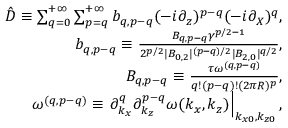
\begin{array} { r l r } & { } & { \hat { D } \equiv \sum _ { q = 0 } ^ { + \infty } \sum _ { p = q } ^ { + \infty } b _ { q , p - q } ( - i \partial _ { z } ) ^ { p - q } ( - i \partial _ { X } ) ^ { q } , } \\ & { } & { b _ { q , p - q } \equiv \frac { B _ { q , p - q } \gamma ^ { p / 2 - 1 } } { 2 ^ { p / 2 } | B _ { 0 , 2 } | ^ { ( p - q ) / 2 } | B _ { 2 , 0 } | ^ { q / 2 } } , } \\ & { } & { B _ { q , p - q } \equiv \frac { \tau \omega ^ { ( q , p - q ) } } { q ! ( p - q ) ! ( 2 \pi R ) ^ { p } } , } \\ & { } & { \omega ^ { ( q , p - q ) } \equiv \left. \partial _ { k _ { x } } ^ { q } \partial _ { k _ { z } } ^ { p - q } \omega ( k _ { x } , k _ { z } ) \right| _ { k _ { x 0 } , k _ { z 0 } } , } \end{array}